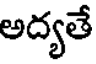
అద్యతే